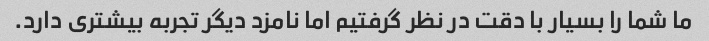
ما شما را بسیار با دقت در نظر گرفتیم اما نامزد دیگر تجربه بیشتری دارد.